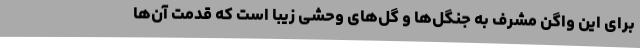
برای این واگن مشرف به جنگل‌ها و گل‌های وحشی زیبا است که قدمت آن‌ها